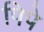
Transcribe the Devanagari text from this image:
पिपे